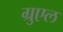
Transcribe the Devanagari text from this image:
ग्रुएल